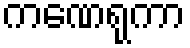
ကဏေရုကာ